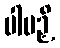
ပါပဉှိ